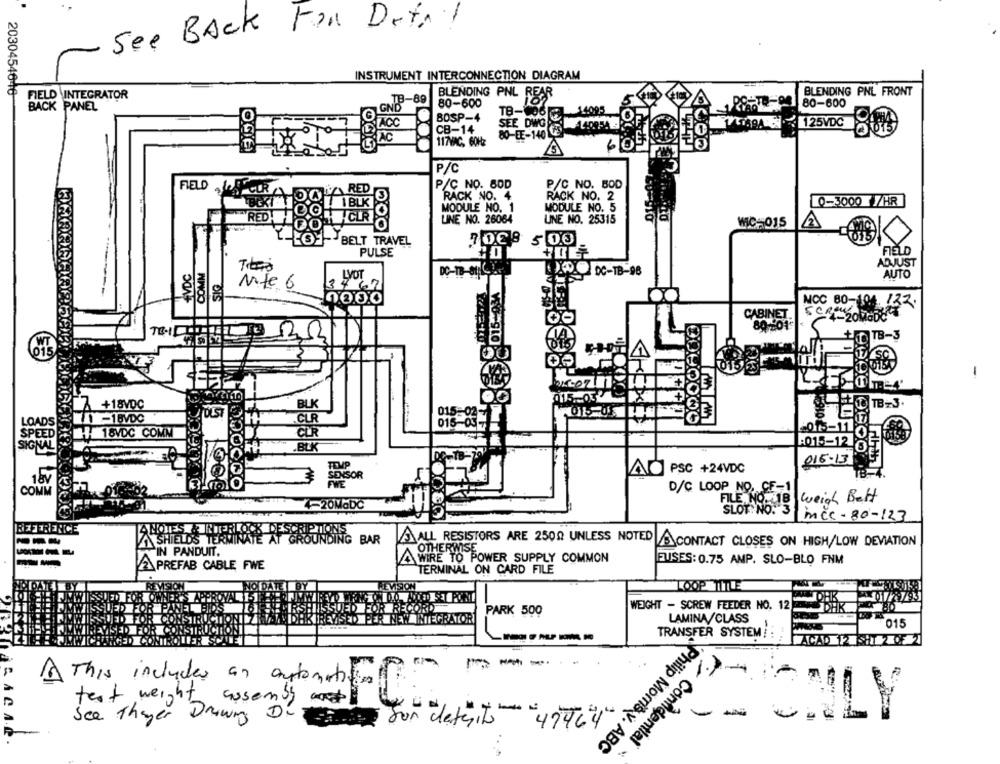
See BACK FOR Detail
INSTRUMENT INTERCONNECTION DIAGRAM
2030454646
BLENDING PNL REAR
BLENDING PNL FRONT
FIELD VIINTEGRATOR
80-600
80-600
BACK PANEL
TB-06 -14095
BOSP-4
80-EE-140 1-140954
SEE DWG&
CB-14
Mis9 : 125VDC
AC
117VAC, 60Hz
P/C
P/C NO. 80D
FIELD
P/C NO. BOD
CURADALA RED S
RACK NO. 4
RACK NO. 2
0-3000 /HR
MODULE NO. 1
MODULE NO. 5
RED H
LINE NO. 26064
UNE NO. 25315
WC-015
L-1- BELT TRAVEL
70€ 9 500
PULSE
FIELD
ADJUST
LVOT
AUTO
37
Nite 6
3467
0000
NCC 80-104 122.
Screw
00
CABINET
4-20 MGDe
80-201
TB-IL
TTB-3
101
-
+18VDC
BLK
10 TB-3.
DUST
015-05
-1BVDC
01
LOADS
015-037
2016-11
18VDC COMM
SIGNAL
:015-12 6
015-13
TOMP
AO PSC +24VDC
TB-4.
SENSOR
18V
D/C LOOP NO, CE-1
COM
FILE NO. 8
4-20MGDC
Weigh Bett
SLOT. NO. 3
icc- 80-123
NOTES & INTERLOCK DESCRIPT
SHIELD'S TERMINATE AT GROUP
ING BAR
IN PANDUIT.
ALL RESISTORS ARE 2500 UNLESS NOTED A CONTACT CLOSES ON HIGH/LOW DEVIATION
A OTHERWISE.
AWIRE TO POWER SUPPLY COMMON
FUSES: 0.75 AMP. SLO-BLO FNM
PREFAB CABLE FWE
TERMINAL ON CARD FILE
VISION
LOOP TITLE
DHIK
PARK 500
WEIGHT - SCREW FEEDER NO. 12
NIEGRATOR
LAMINA/CLASS
015
TRANSFER SYSTEM
ACADA SHI
---
A This includes an automatic
test weight
assembly
See Theyer Drawing Du
-
For date,to "4776"4"
Confidential
Philip Morris v. ABC